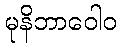
မုနိဘာဝေါဝ